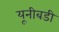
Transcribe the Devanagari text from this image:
यूनीबडी